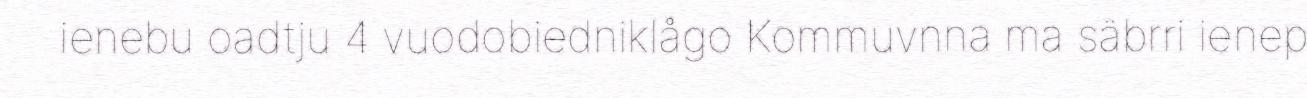
ienebu oadtju 4 vuodobiedniklågo Kommuvnna ma säbrri ienep